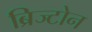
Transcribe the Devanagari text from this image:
ब्रिज्टोन